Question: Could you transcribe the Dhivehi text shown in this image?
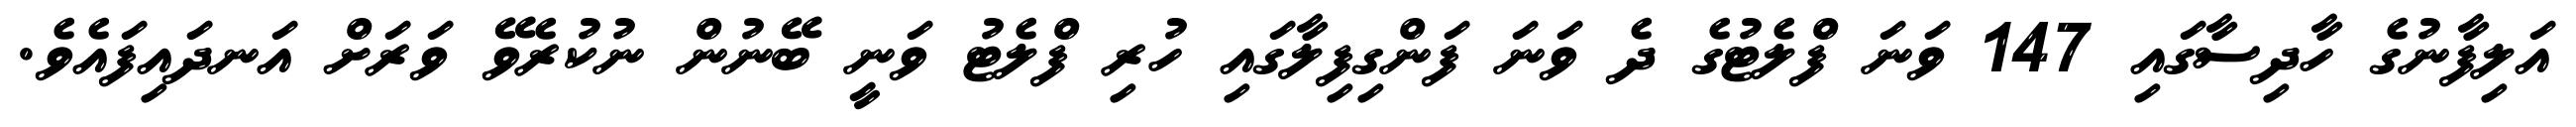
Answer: އަލިފާނުގެ ހާދިސާގައި 147 ވަނަ ފްލެޓުގެ ދެ ވަނަ ފަންގިފިލާގައި ހުރި ފްލެޓު ވަނީ ބޭނުން ނުކުރެވޭ ވަރަށް އަނދައިފައެވެ.